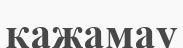
қажамау